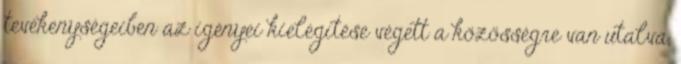
tevékenységeiben az igényei kielégítése végett a közösségre van utalva,